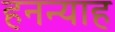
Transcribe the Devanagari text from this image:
हनन्याह